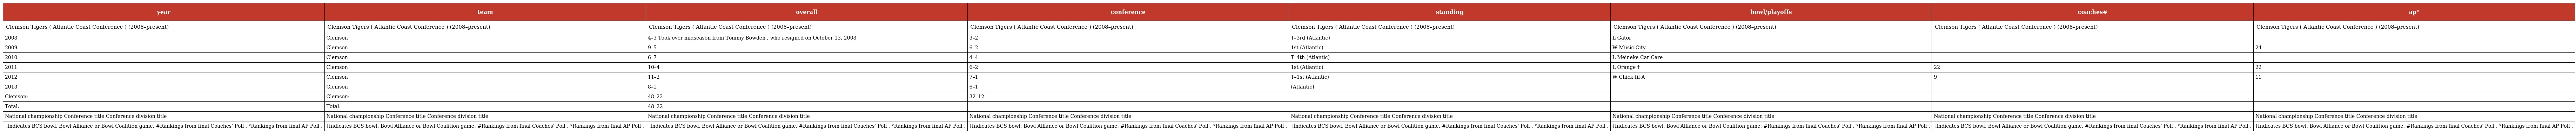
| year | team | overall | conference | standing | bowl/playoffs | coaches# | ap° |
 | --- | --- | --- | --- | --- | --- | --- | --- |
 | Clemson Tigers ( Atlantic Coast Conference ) (2008–present) | Clemson Tigers ( Atlantic Coast Conference ) (2008–present) | Clemson Tigers ( Atlantic Coast Conference ) (2008–present) | Clemson Tigers ( Atlantic Coast Conference ) (2008–present) | Clemson Tigers ( Atlantic Coast Conference ) (2008–present) | Clemson Tigers ( Atlantic Coast Conference ) (2008–present) | Clemson Tigers ( Atlantic Coast Conference ) (2008–present) | Clemson Tigers ( Atlantic Coast Conference ) (2008–present) |
 | 2008 | Clemson | 4–3 Took over midseason from Tommy Bowden , who resigned on October 13, 2008 | 3–2 | T–3rd (Atlantic) | L Gator |  |  |
 | 2009 | Clemson | 9–5 | 6–2 | 1st (Atlantic) | W Music City |  | 24 |
 | 2010 | Clemson | 6–7 | 4–4 | T–4th (Atlantic) | L Meineke Car Care |  |  |
 | 2011 | Clemson | 10–4 | 6–2 | 1st (Atlantic) | L Orange † | 22 | 22 |
 | 2012 | Clemson | 11–2 | 7–1 | T–1st (Atlantic) | W Chick-fil-A | 9 | 11 |
 | 2013 | Clemson | 8–1 | 6–1 | (Atlantic) |  |  |  |
 | Clemson: | Clemson: | 48–22 | 32–12 |  |  |  |  |
 | Total: | Total: | 48–22 |  |  |  |  |  |
 | National championship Conference title Conference division title | National championship Conference title Conference division title | National championship Conference title Conference division title | National championship Conference title Conference division title | National championship Conference title Conference division title | National championship Conference title Conference division title | National championship Conference title Conference division title | National championship Conference title Conference division title |
 | †Indicates BCS bowl, Bowl Alliance or Bowl Coalition game. #Rankings from final Coaches' Poll . °Rankings from final AP Poll . | †Indicates BCS bowl, Bowl Alliance or Bowl Coalition game. #Rankings from final Coaches' Poll . °Rankings from final AP Poll . | †Indicates BCS bowl, Bowl Alliance or Bowl Coalition game. #Rankings from final Coaches' Poll . °Rankings from final AP Poll . | †Indicates BCS bowl, Bowl Alliance or Bowl Coalition game. #Rankings from final Coaches' Poll . °Rankings from final AP Poll . | †Indicates BCS bowl, Bowl Alliance or Bowl Coalition game. #Rankings from final Coaches' Poll . °Rankings from final AP Poll . | †Indicates BCS bowl, Bowl Alliance or Bowl Coalition game. #Rankings from final Coaches' Poll . °Rankings from final AP Poll . | †Indicates BCS bowl, Bowl Alliance or Bowl Coalition game. #Rankings from final Coaches' Poll . °Rankings from final AP Poll . | †Indicates BCS bowl, Bowl Alliance or Bowl Coalition game. #Rankings from final Coaches' Poll . °Rankings from final AP Poll . |